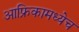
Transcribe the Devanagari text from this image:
आफ्रिकामध्येच